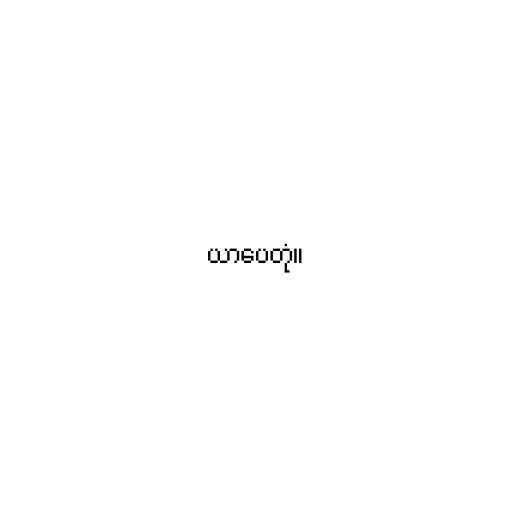
ယာပေတုံ။